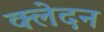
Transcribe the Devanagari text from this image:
क्‍लेदन